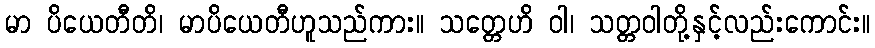
မာ ပိယေတီတိ၊ မာပိယေတီဟူသည်ကား။ သတ္တေဟိ ဝါ၊ သတ္တဝါတို့နှင့်လည်းကောင်း။